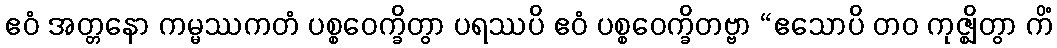
ဧဝံ အတ္တနော ကမ္မဿကတံ ပစ္စဝေက္ခိတွာ ပရဿပိ ဧဝံ ပစ္စဝေက္ခိတဗ္ဗာ “ဧသောပိ တဝ ကုဇ္ဈိတွာ ကိံ